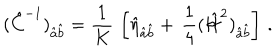
LaTeX: ( \hat { C } ^ { - 1 } ) _ { \hat { a } \hat { b } } = { \frac { 1 } { K } } \, \left[ \hat { \eta } _ { \hat { a } \hat { b } } + \, { \frac { 1 } { 4 } } ( \hat { { \cal H } } ^ { 2 } ) _ { \hat { a } \hat { b } } \right] \, .